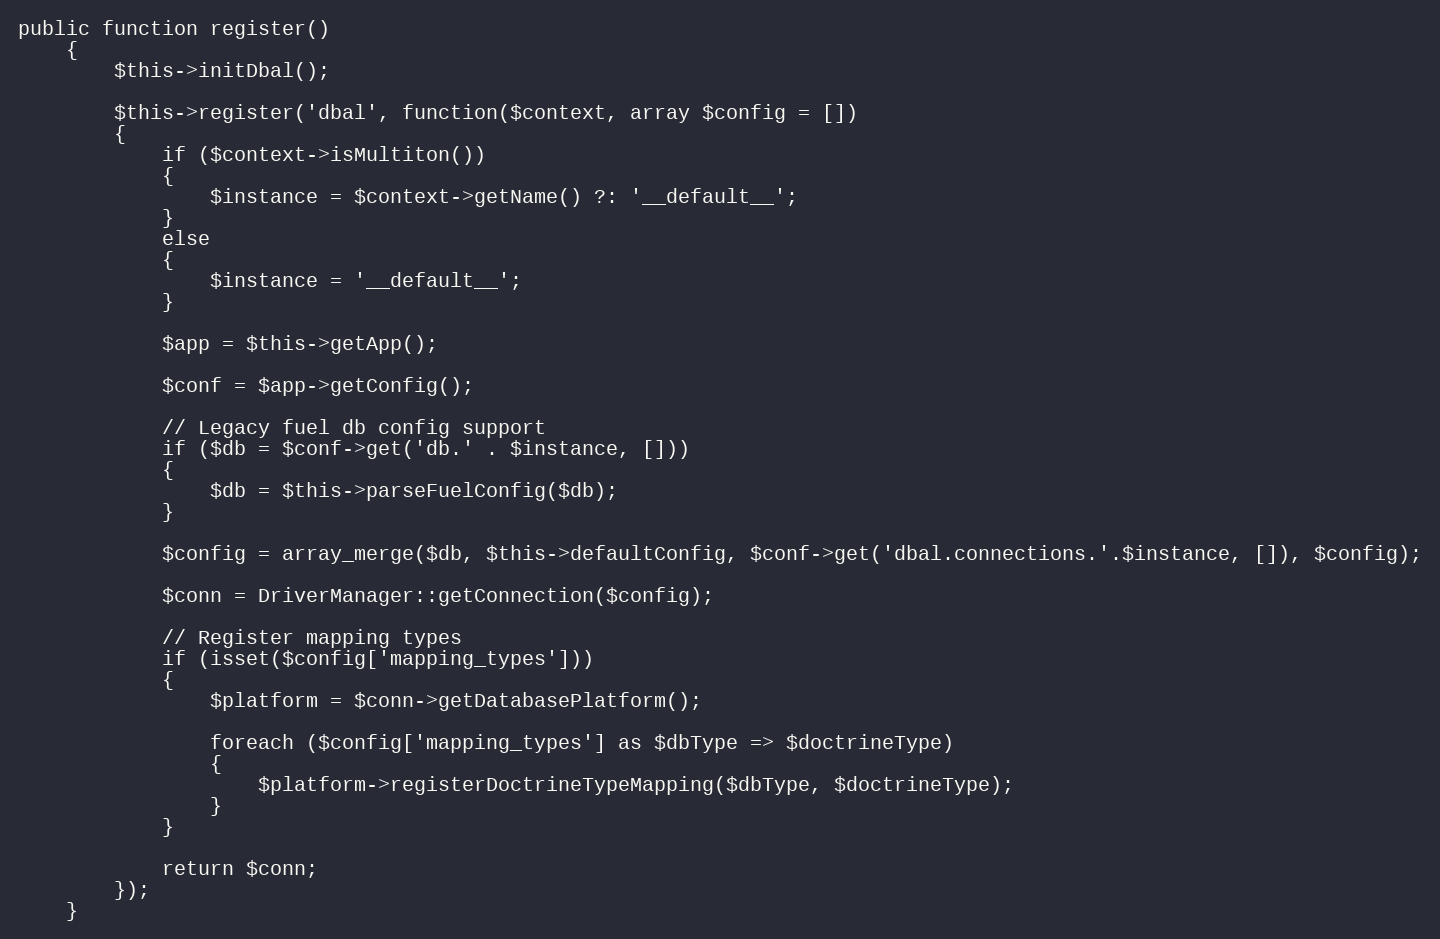
Language: PHP
public function register()
	{
		$this->initDbal();

		$this->register('dbal', function($context, array $config = [])
		{
			if ($context->isMultiton())
			{
				$instance = $context->getName() ?: '__default__';
			}
			else
			{
				$instance = '__default__';
			}

			$app = $this->getApp();

			$conf = $app->getConfig();

			// Legacy fuel db config support
			if ($db = $conf->get('db.' . $instance, []))
			{
				$db = $this->parseFuelConfig($db);
			}

			$config = array_merge($db, $this->defaultConfig, $conf->get('dbal.connections.'.$instance, []), $config);

			$conn = DriverManager::getConnection($config);

			// Register mapping types
			if (isset($config['mapping_types']))
			{
				$platform = $conn->getDatabasePlatform();

				foreach ($config['mapping_types'] as $dbType => $doctrineType)
				{
					$platform->registerDoctrineTypeMapping($dbType, $doctrineType);
				}
			}

			return $conn;
		});
	}